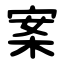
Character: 案